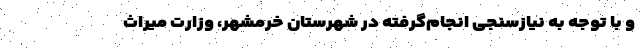
و با توجه به نیازسنجی انجام‌گرفته در شهرستان خرمشهر، وزارت میراث